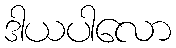
ဒါယပါလော